Calcutta medical institutions reports 1892-1900
Year: 1892
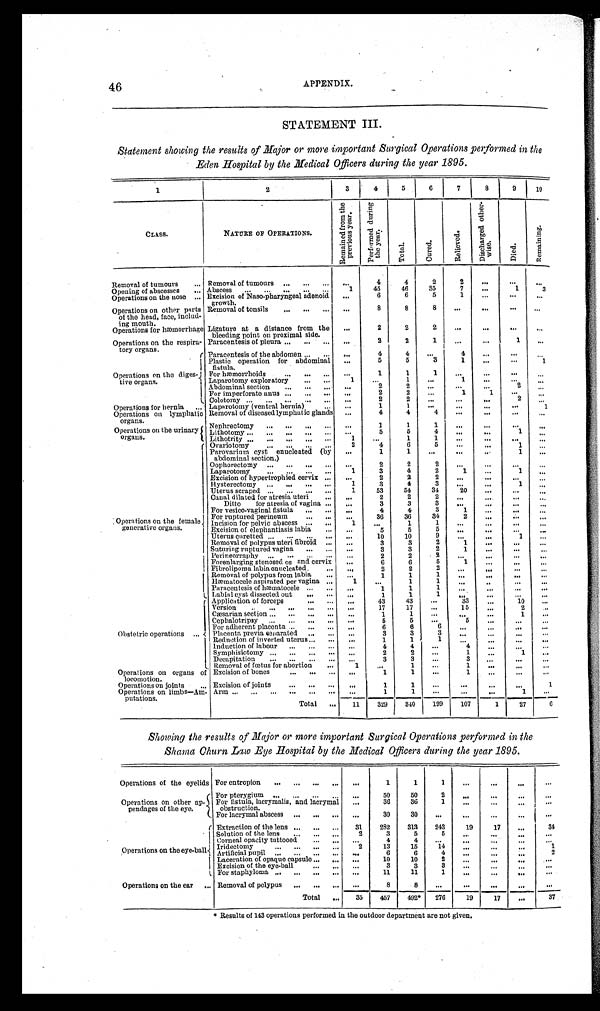
46
APPENDIX.
STATEMENT III.
Statement showing the results of Major or more important Surgical Operations per formed in the
Eden Hospital by the Medical Officers during the year 1895.
1
2
3
4
5
6
7
8
9
10
CLASS.
NATURE OF OPERATIONS.
R e m i n e d f r o m t h e p r e v i o u s y e a r .
P e r f o r m e d d u r i n g t h e y e a r .
T o t a l .
C u r e d .
R e l i e v e d
D i s c h a r g e d o t h e r - w i s e .
D i e d .
R e m a i n i n g .
Removal of tumours . . . Removal of tumours . . .
. . .
4
4
2
2
. . .
. . .
. . .
Opening of abscesses . . . Abscess . . .
1
45
46
35
7
. . .
1
3
Operations on the nose . . . Excision of Naso-pharyngeal adenoid
growth.
. . .
6
6
5
1
. . .
. . .
. . .
Operations on other parts
of the head, face, includ -
ing mouth.
Removal of tonsils . . .
. . .
8
8
8
. . .
. . .
. . .
. . .
Operations for hæmorrhage Ligature at a distance from the
bleeding point on proximal side.
. . .
2
2
2
. . .
. . .
. . .
. . .
Operations on the respira-
tory organs.
Paracentesis of pleura . . .
. . .
2
2
1
. . .
. . .
1
. . .
Operations on the diges-
tive organs.
Paracentesis of the abdomen . . .
. . .
4
4
. . .
4
. . .
. . .
. . .
Plastic operation for abdominal
fistula.
. . .
5
5
3
1
. . .
. . .
1
For hæmorrhoids . . .
. . .
1
1
1
. . .
. . .
. . .
. . .
Laparotomy exploratory . . .
1
. . .
1
. . .
1
. . .
. . .
. . .
Abdominal section . . .
. . .
2
2
. . .
. . .
. . .
2
. . .
For imperforate anus . . .
. . .
2
2
. . .
1
1
. . .
. . .
Colotomy . . .
. . .
2
2
. . .
. . .
. . .
2
. . .
Operations for hernia . . .
L a p a r o t o m y ( v e n t r a l h e r n i a ) . . .
. . .
1
1
. . .
. . .
. . .
. . .
1
Operations on lymphatic
organs.
Removal of diseased lymphatic glands
. . .
4
4
4
. . .
. . .
. . .
. . .
Operations on the urinary
organs.
Nephrectomy . . .
. . .
1
1
1
. . .
. . .
. . .
. . .
L i t h o t o m y . . .
. . .
5
5
4
. . .
. . .
1
. . .
Lithotrity . . .
1
. . .
1
1
. . .
. . .
. . .
. . .
Opera tions on the female
generative organs.
Ovariotomy . . .
2
4
6
5 . . .
. . .
1
. . .
Parovarium cyst enucleated (by
abdominal section.)
. . .
1
1
. . .
. . .
. . .
1
. . .
Oophorectomy . . .
. . .
2
2
2
. . .
. . .
. . .
. . .
Laparotomy . . .
1
3
4
2
1
. . .
1
. . .
Excision of hypertrophied cervix . . .
. . .
2
2
2
. . .
. . .
. . .
. . .
Hysterectomy . . .
1
3
4
3
. . .
. . .
1
. . .
Uterus scraped . . .
1
53
54
34
20
. . .
. . .
. . .
Canal dilated for atresia uteri . . .
. . .
2
2
2
. . .
. . .
. . .
. . .
Ditto for atresia of vagina . . .
. . .
3
3
3
. . .
. . .
. . .
. . .
For vesico-vaginal fistula . . .
. . .
4
4
3
1
. . .
. . .
. . .
For ruptured perineum . . .
. . .
36
36
34
2
. . .
. . .
. . .
Incision for pelvic abscess . . .
. . .
. . .
1
1
. . .
. . .
. . .
. . .
Excision of elephantiasis labia . . .
. . .
5
5
5
. . .
. . .
. . .
. . .
Uterus curetted . . .
. . .
10
10
9
. . .
. . .
1
. . .
Removal of polypus uteri fibroid . . .
. . .
3
3
2
1
. . .
. . .
. . .
Suturing ruptured vagina . . .
. . .
3
3
2
1
. . .
. . .
. . .
Perineorraphy . . .
. . .
2
2
2
. . .
. . .
. . .
. . .
Forenlarging stenosed os and cervix . . .
. . .
6
6
5
1
. . . . . .
. . .
Fibrolipoma labia enucleated . . .
. . .
2
2
2 . . .
. . .
. . .
. . .
Removal of polypus from labia . . .
. . .
1
1
1
. . .
. . .
. . .
. . .
1
. . .
1
1
. . .
. . . . . .
. . .
Paracentesis of hæmatocele . . .
. . .
1
1
1
. . .
. . .
. . .
. . .
Labial cyst dissected out . . .
. . .
1
1
1
. . .
. . .
. . .
. . .
Obstetric operations
Application of forceps . . .
. . .
43
43
. . .
33
. . .
10
. . .
Version . . .
. . .
17
17
. . .
15
. . .
2
. . .
Caesarian section . . .
. . .
1
1
. . .
. . .
. . .
1
. . .
Cephalotripsy . . .
. . .
5
5
. . .
5
. . .
. . .
. . .
For adherent placenta . . .
. . .
6
6
6
. . .
. . .
. . .
. . .
Placenta previa separated . . .
. . .
3
3
3
. . .
. . .
. . .
. . .
Reduction of inverted uterus . . .
. . .
1
1
1
. . .
. . .
. . .
. . .
Induction of labour . . .
. . .
4
4
. . .
4
. . .
. . .
. . .
Symphisiotomy . . .
. . .
2
2
. . .
1
. . .
1
. . .
Decapitation . . .
. . .
3
3
. . .
3
. . .
. . .
. . .
Removal of fœtus for abortion . . .
1
. . .
1
. . .
1
. . .
. . .
. . .
Operations on organs of
locomotion.
Excision of bones . . .
. . .
1
1
. . .
1
. . .
. . .
. . .
Operations on joints . . . Excision of joints . . .
. . .
1
1
. . .
. . .
. . .
. . .
1
Operations on limbs—Am-
putations.
Arm . . .
. . .
1
1
. . .
. . .
. . .
1
. . .
3 2 9
340
199
107
6
1 1
Total . . .
1
27
Showing the results of Major or more important Surgical Operations performed in the
Shama Churn Law Eye Hospital by the Medical Officers during the year 1895.
Operations of the eyelids For entropion . . .
. . .
1
1
1
. . .
. . .
. . .
. . .
Operations on other ap-
pendages of the eye.
For pterygium . . .
. . .
50
50
2
. . .
. . .
. . .
. . .
For fistula, lacrymalis, and lacrymal
obstruction.
. . .
36
36
1
. . .
. . .
. . .
. . .
For lacrymal abscess . . .
. . .
30
30
. . .
. . .
. . .
. . .
. . .
O p e r a t i o n s o n t h e e y e - b a l l
Extraction of the lens . . .
31
282
313
243
19
17
. . .
34
S o l u t i o n o f t h e l e n s . . .
2
3
5
5
. . .
. . .
. . .
. . .
Corneal opacity tattooed . . .
. . .
4
4
. . .
. . .
. . .
. . .
. . .
I r i d e c t o m y . . .
2
13
15
14
. . .
. . .
. . .
1
Artificial pupil . . .
. . .
6
6
4
. . .
. . .
. . .
2
Laceration of opaque capsule . . .
. . .
10
10
2
. . .
. . .
. . .
. . .
Excision of the eye-ball . . .
. . .
3
3
3
. . .
. . .
. . .
. . .
For staphyloma . . .
. . .
11
11
1
. . .
. . .
. . .
. . .
Operations on the ear . . . Removal of polypus . . .
. . .
8
8
. . .
. . .
. . .
. . .
. . .
Total . . .
35
457
492*
276
19
17
. . .
37
* Results of 143 operations performed in the outdoor department are not given.